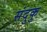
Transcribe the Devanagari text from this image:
संदुकु